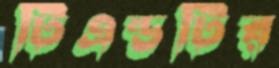
টিএন্ডটির